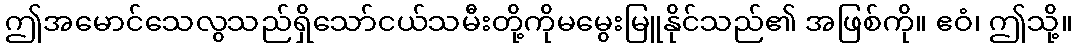
ဤအမောင်သေလွသည်ရှိသော်ငယ်သမီးတို့ကိုမမွေးမြူနိုင်သည်၏ အဖြစ်ကို။ ဧဝံ၊ ဤသို့။